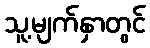
သူ့မျက်နှာတွင်